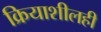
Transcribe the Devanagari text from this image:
क्रियाशीलही